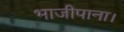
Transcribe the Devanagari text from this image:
भाजीपाना।